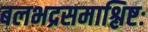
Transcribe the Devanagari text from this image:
बलभद्रसमाश्लिष्टः